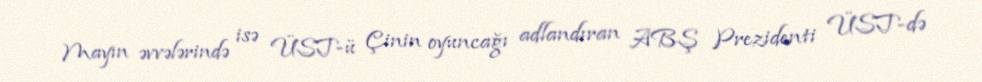
Mayın əvvələrində isə ÜST-ü Çinin oyuncağı adlandıran ABŞ Prezidenti ÜST-də